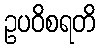
ဥပဝိစရတိ